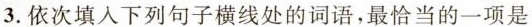
3.依次填入下列句子横线处的词语，最恰当的一项是